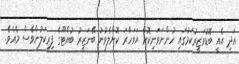
އަދި އެއީ ބޮޑުވަޒީރުކަމުގައި ހުންނަވަނިކޮށް އަވަހާރަ ކޮށްލެވުނު ބޭނަޒީރު ބުއްޓޫގެ ފިރިކަލުންވެސް މެއެވެ.